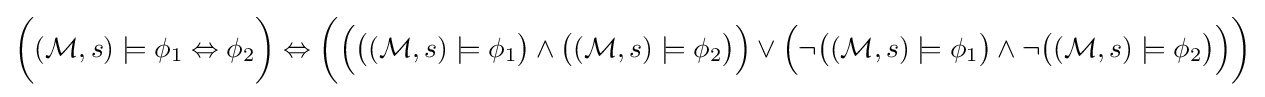
{\bigg (}({\mathcal {M}},s)\models \phi _{1}\Leftrightarrow \phi _{2}{\bigg )}\Leftrightarrow {\bigg (}{\Big (}{\big (}({\mathcal {M}},s)\models \phi _{1}{\big )}\land {\big (}({\mathcal {M}},s)\models \phi _{2}{\big )}{\Big )}\lor {\Big (}\neg {\big (}({\mathcal {M}},s)\models \phi _{1}{\big )}\land \neg {\big (}({\mathcal {M}},s)\models \phi _{2}{\big )}{\Big )}{\bigg )}